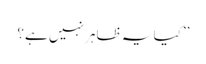
’’کیا یہ ظاہر نہیں ہے؟